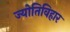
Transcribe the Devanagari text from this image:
ज्योतिविहार